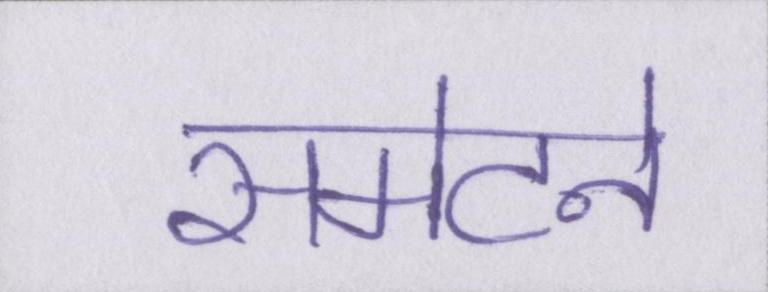
समेटने